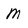
Character: m